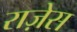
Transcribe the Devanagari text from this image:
राज़ेस